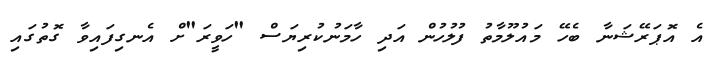
އެ އޮޕަރޭޝަނާ ބެހޭ މައުލޫމާތު ފުލުހުން އަދި ހާމަނުކުރިޔަސް "ހަވީރަ"ށް އެނގިފައިވާ ގޮތުގައި